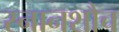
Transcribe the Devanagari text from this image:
स्नानशौच